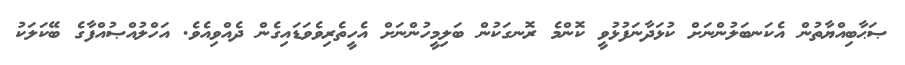
ޞަޙާބިއްޔާތުން އެކަނބަލުންނަށް ކުޅަދާނަފުޅުވީ ކޮންމެ ރޮނގަކުން ބަލިމީހުންނަށް އެހީތެރިވެވަޑައިގެން ދެއްވިއެވެ. އަހްލުއްޞުއްފާގެ ބޭކަލަކު